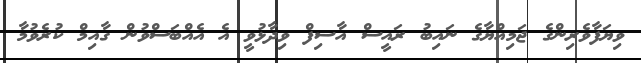
ވިޔަފާވެރިންގެ ޖަމިއްޔާގެ ނައިބު ރައީސް އާސިފް ވިދާޅުވީ އެ އެއްބަސްވުން ގާއިމް ކުރެވުމާ